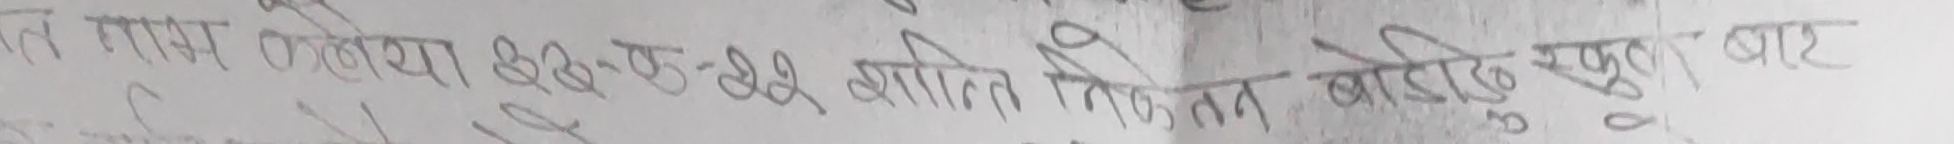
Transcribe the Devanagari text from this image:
आत गापा हलिया ४३-०८-२२ क्षीत निरक बाटो सपुर्द बाट